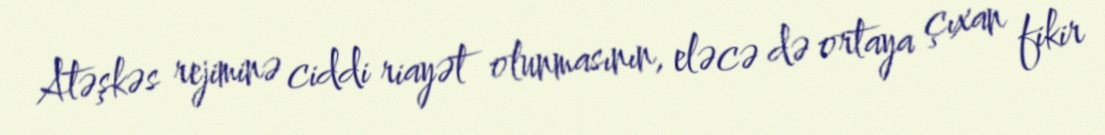
Atəşkəs rejiminə ciddi riayət olunmasının, eləcə də ortaya çıxan fikir